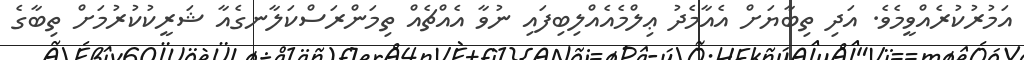
އަމުރުކުރެއްވީމެވެ. އަދި ތިބާޔަށް އެއާމެދު ޢިލްމެއެއްލިބިފައި ނުވާ އެއްޗެއް ތިމަންރަސްކަލާނގެއާ ޝަރީކުކުރުމަށް ތިބާގެ